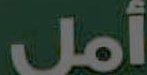
أمل